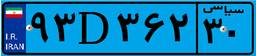
۵۵D۳۷۷۹۷